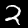
Digit: 2